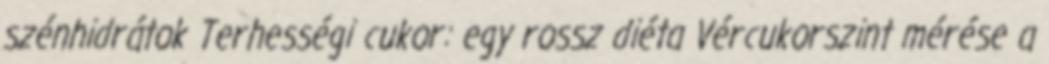
szénhidrátok Terhességi cukor: egy rossz diéta Vércukorszint mérése a